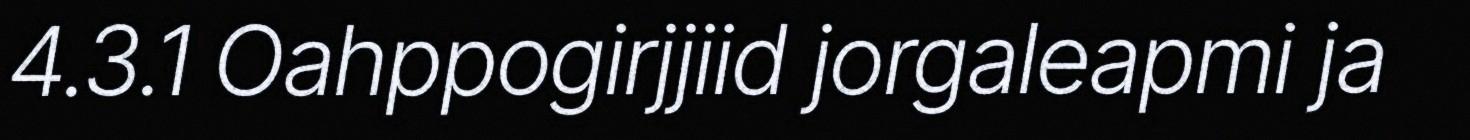
4.3.1 Oahppogirjjiid jorgaleapmi ja